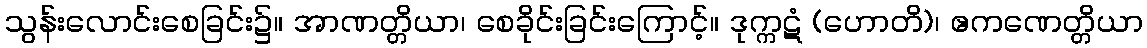
သွန်းလောင်းစေခြင်း၌။ အာဏတ္တိယာ၊ စေခိုင်းခြင်းကြောင့်။ ဒုက္ကဋံ (ဟောတိ)၊ ဧကဏေတ္တိယာ